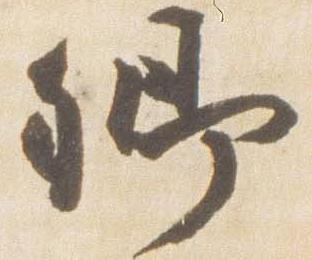
卿